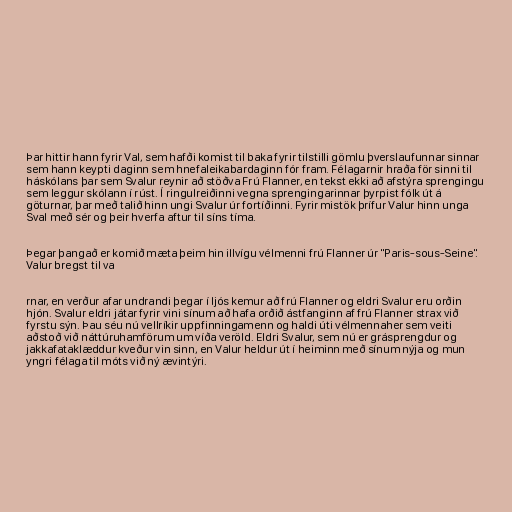
Þar hittir hann fyrir Val, sem hafði komist til baka fyrir tilstilli gömlu þverslaufunnar sinnar
sem hann keypti daginn sem hnefaleikabardaginn fór fram. Félagarnir hraða för sinni til
háskólans þar sem Svalur reynir að stöðva Frú Flanner, en tekst ekki að afstýra sprengingu
sem leggur skólann í rúst. Í ringulreiðinni vegna sprengingarinnar þyrpist fólk út á
göturnar, þar með talið hinn ungi Svalur úr fortíðinni. Fyrir mistök þrífur Valur hinn unga
Sval með sér og þeir hverfa aftur til síns tíma.

Þegar þangað er komið mæta þeim hin illvígu vélmenni frú Flanner úr "Paris-sous-Seine".
Valur bregst til va

rnar, en verður afar undrandi þegar í ljós kemur að frú Flanner og eldri Svalur eru orðin
hjón. Svalur eldri játar fyrir vini sínum að hafa orðið ástfanginn af frú Flanner strax við
fyrstu sýn. Þau séu nú vellríkir uppfinningamenn og haldi úti vélmennaher sem veiti
aðstoð við náttúruhamförum um víða veröld. Eldri Svalur, sem nú er grásprengdur og
jakkafataklæddur kveður vin sinn, en Valur heldur út í heiminn með sínum nýja og mun
yngri félaga til móts við ný ævintýri.